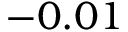
- 0 . 0 1